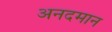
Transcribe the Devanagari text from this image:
अनदमान